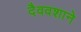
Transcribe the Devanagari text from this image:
दैववशाने